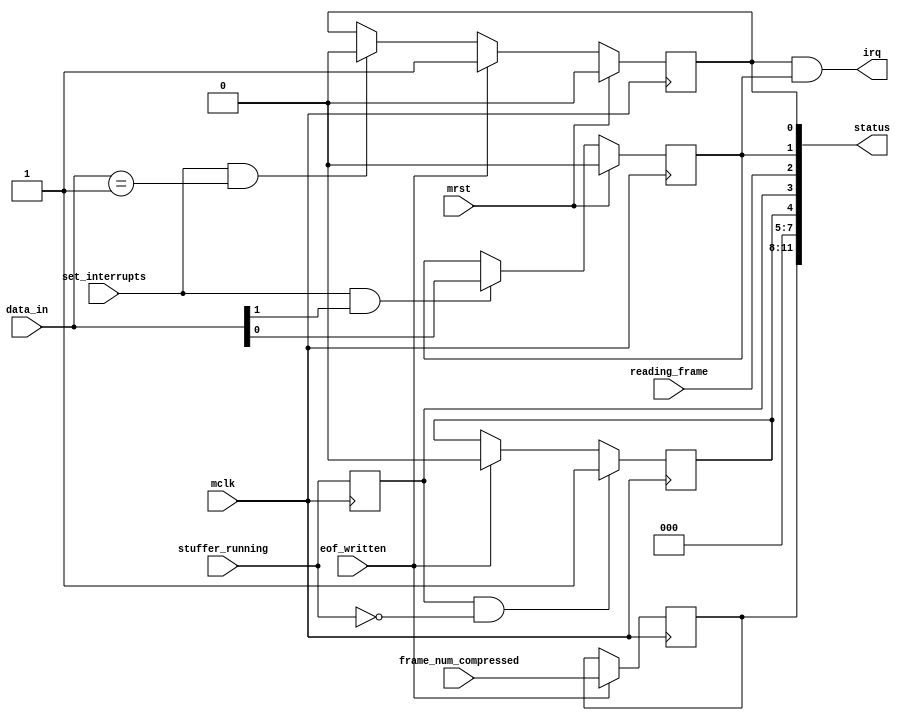
// This program was cloned from: https://github.com/Elphel/x393
// License: GNU General Public License v3.0

/*!
 * <b>Module:</b>cmprs_status
 * @file cmprs_status.v
 * @date 2015-06-25  
 * @author Andrey Filippov     
 *
 * @brief Generate compressor status word
 *
 * @copyright Copyright (c) 2015 Elphel, Inc.
 *
 * <b>License:</b>
 *
 * cmprs_status.v is free software; you can redistribute it and/or modify
 * it under the terms of the GNU General Public License as published by
 * the Free Software Foundation, either version 3 of the License, or
 * (at your option) any later version.
 *
 *  cmprs_status.v is distributed in the hope that it will be useful,
 * but WITHOUT ANY WARRANTY; without even the implied warranty of
 * MERCHANTABILITY or FITNESS FOR A PARTICULAR PURPOSE.  See the
 * GNU General Public License for more details.
 *
 * You should have received a copy of the GNU General Public License
 * along with this program.  If not, see <http://www.gnu.org/licenses/> .
 *
 * Additional permission under GNU GPL version 3 section 7:
 * If you modify this Program, or any covered work, by linking or combining it
 * with independent modules provided by the FPGA vendor only (this permission
 * does not extend to any 3-rd party modules, "soft cores" or macros) under
 * different license terms solely for the purpose of generating binary "bitstream"
 * files and/or simulating the code, the copyright holders of this Program give
 * you the right to distribute the covered work without those independent modules
 * as long as the source code for them is available from the FPGA vendor free of
 * charge, and there is no dependence on any encrypted modules for simulating of
 * the combined code. This permission applies to you if the distributed code
 * contains all the components and scripts required to completely simulate it
 * with at least one of the Free Software programs.
 */
`timescale 1ns/1ps

module  cmprs_status #(
    parameter NUM_FRAME_BITS = 4
    ) (
    input                          mrst,
    input                          mclk,         // system clock
    input                          eof_written,
    input                          stuffer_running,
    input                          reading_frame,
    input  [NUM_FRAME_BITS - 1:0] frame_num_compressed,
    input                          set_interrupts, // data = 2: disable, 3 - enable, 1 - reset irq
    input                    [1:0] data_in,
    output    [NUM_FRAME_BITS+7:0] status,
    output                         irq
);

    reg                         stuffer_running_r;
    reg                         flushing_fifo;
    reg                         is_r; // interrupt status (not masked)
    reg                         im_r; // interrupt mask
    reg  [NUM_FRAME_BITS - 1:0] frame_irq;
    
    assign status = {frame_irq[NUM_FRAME_BITS - 1:0],
                     3'b0,
                     flushing_fifo,
                     stuffer_running_r,
                     reading_frame,
                     im_r, is_r};
    assign irq =     is_r && im_r;
    
    always @(posedge mclk) begin
        if      (mrst)                         im_r <= 0;
        else if (set_interrupts && data_in[1]) im_r <= data_in[0];
    
        if      (mrst)                             is_r <= 0;
        else if (eof_written)                      is_r <= 1;
        else if (set_interrupts && (data_in == 1)) is_r <= 0;
        
        if (eof_written)                           frame_irq <= frame_num_compressed;

        stuffer_running_r <= stuffer_running;
        
        if (stuffer_running_r && !stuffer_running) flushing_fifo <= 1;
        else if (eof_written)                      flushing_fifo <= 0;
    end

endmodule